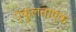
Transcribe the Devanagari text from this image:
एकुलताएक